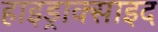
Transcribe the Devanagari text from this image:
हाइड्राक्साइद